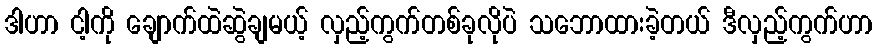
ဒါဟာ ငါ့ကို ချောက်ထဲဆွဲချမယ့် လှည့်ကွက်တစ်ခုလိုပဲ သဘောထားခဲ့တယ် ဒီလှည့်ကွက်ဟာ